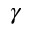
\gamma